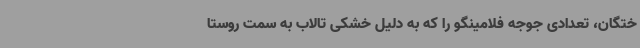
ختگان، تعدادی جوجه فلامینگو را که به دلیل خشکی تالاب به سمت روستا